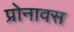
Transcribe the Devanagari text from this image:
प्रोनावस